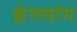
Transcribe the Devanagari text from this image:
ह्नेनसांग